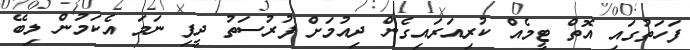
ފަހަތުގައި އޮތް ޓީމެއް ކުރިއަރަައިގެން ދިއުމަށް ފުރުސަތު ދީފި ނަމަ އެކަމުން ލިބޭ